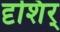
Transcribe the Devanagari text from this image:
दृशिर्